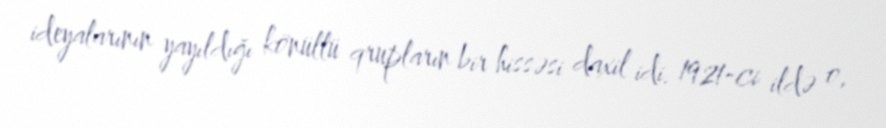
ideyalarının yayıldığı könüllü qrupların bir hissəsi daxil idi. 1921-ci ildə o,